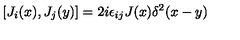
[ J _ { i } ( x ) , J _ { j } ( y ) ] = 2 i \epsilon _ { i j } J ( x ) \delta ^ { 2 } ( x - y )